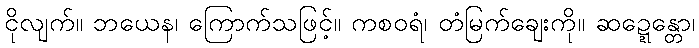
ငိုလျက်။ ဘယေန၊ ကြောက်သဖြင့်။ ကစဝရံ၊ တံမြက်ချေးကို။ ဆဍ္ဍေန္တော၊